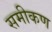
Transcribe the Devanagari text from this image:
समीकण